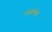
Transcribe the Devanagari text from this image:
समांरोह